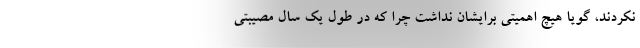
نکردند، گویا هیچ اهمیتی برایشان نداشت چرا که در طول یک سال مصیبتی